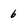
Character: 6